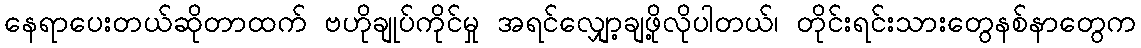
နေရာပေးတယ်ဆိုတာထက် ဗဟိုချုပ်ကိုင်မှု အရင်လျှော့ချဖို့လိုပါတယ်၊ တိုင်းရင်းသားတွေနစ်နာတွေက